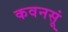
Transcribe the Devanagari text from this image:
कवनसूं